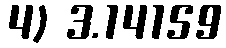
4) 3.14159